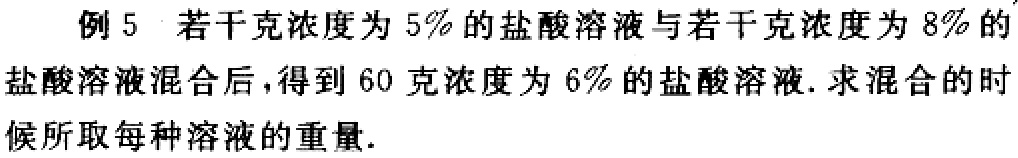
例5 若干克浓度为5%的盐酸溶液与若干克浓度为8%的盐酸溶液混合后，得到60克浓度为6%的盐酸溶液. 求混合的时候所取每种溶液的重量.